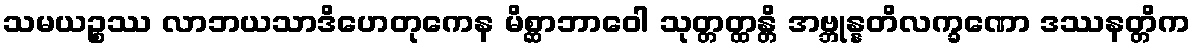
သမယဉ္စဿ လာဘယသာဒိဟေတုကေန မိစ္ဆာဘာဝေါ သုတ္တတ္ထန္တိ အဗ္ဘုန္နတိလက္ခဏော ဒဿနတ္တိက